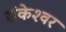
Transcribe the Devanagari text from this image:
संकेश्‍वर